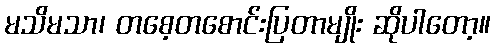
မသိမသာ၊ တစေ့တစောင်းပြတာမျိုး ဆိုပါတော့။